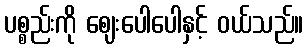
ပစ္စည်းကို ဈေးပေါပေါနှင့် ဝယ်သည်။